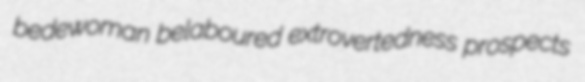
bedewoman belaboured extrovertedness prospects